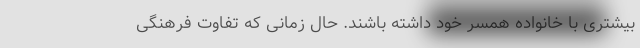
بیشتری با خانواده همسر خود داشته باشند. حال زمانی که تفاوت فرهنگی